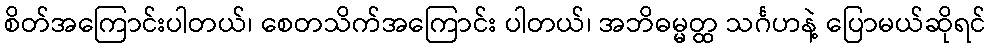
စိတ်အကြောင်းပါတယ်၊ စေတသိက်အကြောင်း ပါတယ်၊ အဘိဓမ္မတ္ထ သင်္ဂဟနဲ့ ပြောမယ်ဆိုရင်